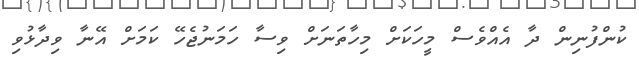
ކުންފުނިން ދާ އެއްވެސް މީހަކަށް މިހާތަނަށް ވިސާ ހަމަނުޖެހޭ ކަމަށް އޭނާ ވިދާޅުވި